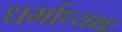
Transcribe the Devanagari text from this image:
धर्माध्यक्षः